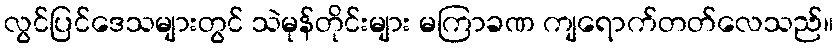
လွင်ပြင်ဒေသများတွင် သဲမုန်တိုင်းများ မကြာခဏ ကျရောက်တတ်လေသည်။